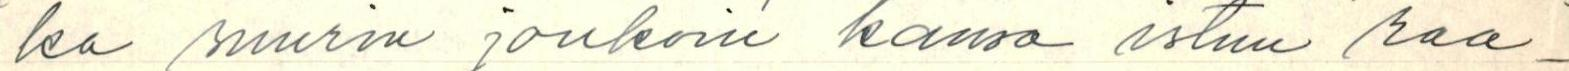
ka suurin joukoin kansa istuu raa-